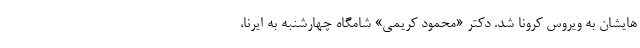
هایشان به ویروس کرونا شد. دکتر «محمود کریمی» شامگاه چهارشنبه به ایرنا،